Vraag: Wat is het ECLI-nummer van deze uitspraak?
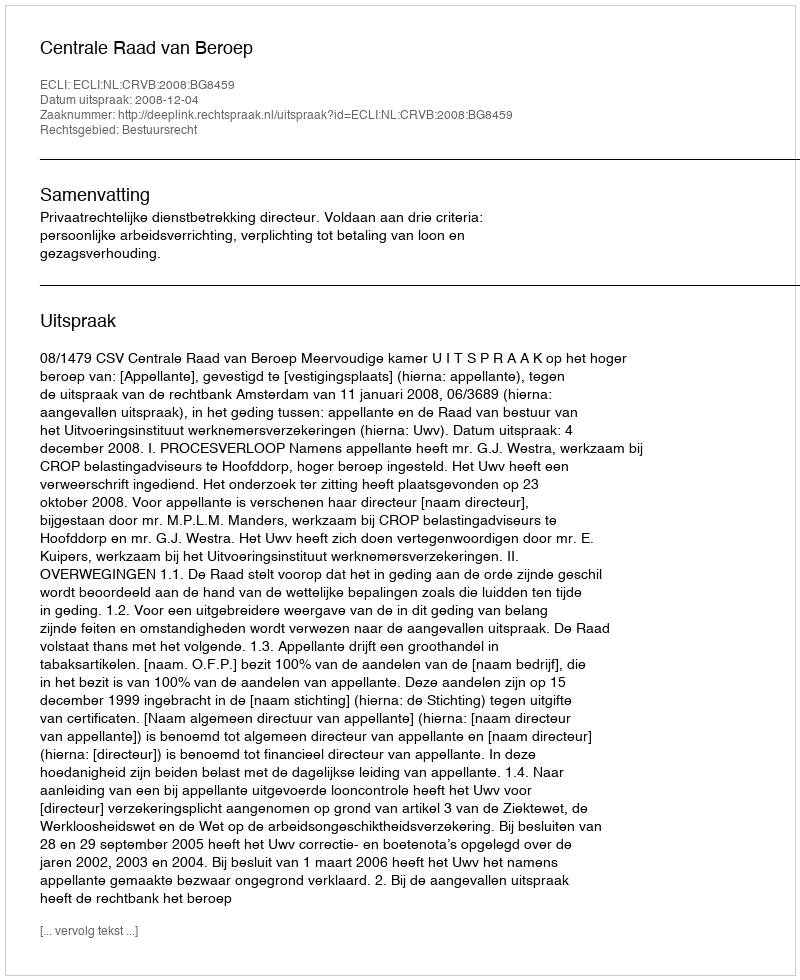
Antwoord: ECLI:NL:CRVB:2008:BG8459